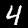
Label: 4